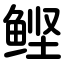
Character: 鲣